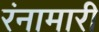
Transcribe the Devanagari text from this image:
रंनामारी